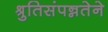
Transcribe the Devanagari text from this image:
श्रुतिसंपन्नतेने